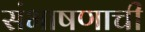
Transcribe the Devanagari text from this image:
संभाषणाची